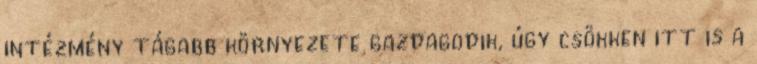
intézmény tágabb környezete gazdagodik, úgy csökken itt is a